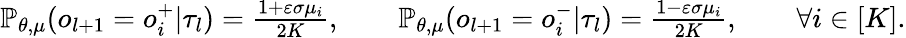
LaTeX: \begin{array}{r}{\mathbb{P}_{\theta,\mu}(o_{l+1}=o_{i}^{+}|\tau_{l})=\frac{1+\varepsilon\sigma\mu_{i}}{2K},\qquad\mathbb{P}_{\theta,\mu}(o_{l+1}=o_{i}^{-}|\tau_{l})=\frac{1-\varepsilon\sigma\mu_{i}}{2K},\qquad\forall i\in[K].}\end{array}